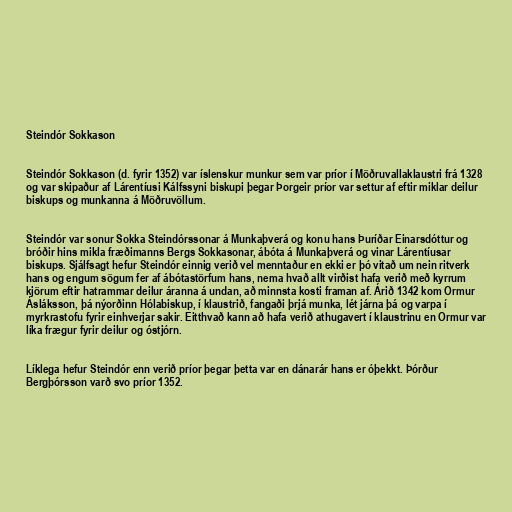
Steindór Sokkason

Steindór Sokkason (d. fyrir 1352) var íslenskur munkur sem var príor í Möðruvallaklaustri frá 1328
og var skipaður af Lárentíusi Kálfssyni biskupi þegar Þorgeir príor var settur af eftir miklar deilur
biskups og munkanna á Möðruvöllum.

Steindór var sonur Sokka Steindórssonar á Munkaþverá og konu hans Þuríðar Einarsdóttur og
bróðir hins mikla fræðimanns Bergs Sokkasonar, ábóta á Munkaþverá og vinar Lárentíusar
biskups. Sjálfsagt hefur Steindór einnig verið vel menntaður en ekki er þó vitað um nein ritverk
hans og engum sögum fer af ábótastörfum hans, nema hvað allt virðist hafa verið með kyrrum
kjörum eftir hatrammar deilur áranna á undan, að minnsta kosti framan af. Árið 1342 kom Ormur
Ásláksson, þá nýorðinn Hólabiskup, í klaustrið, fangaði þrjá munka, lét járna þá og varpa í
myrkrastofu fyrir einhverjar sakir. Eitthvað kann að hafa verið athugavert í klaustrinu en Ormur var
líka frægur fyrir deilur og óstjórn.

Líklega hefur Steindór enn verið príor þegar þetta var en dánarár hans er óþekkt. Þórður
Bergþórsson varð svo príor 1352.